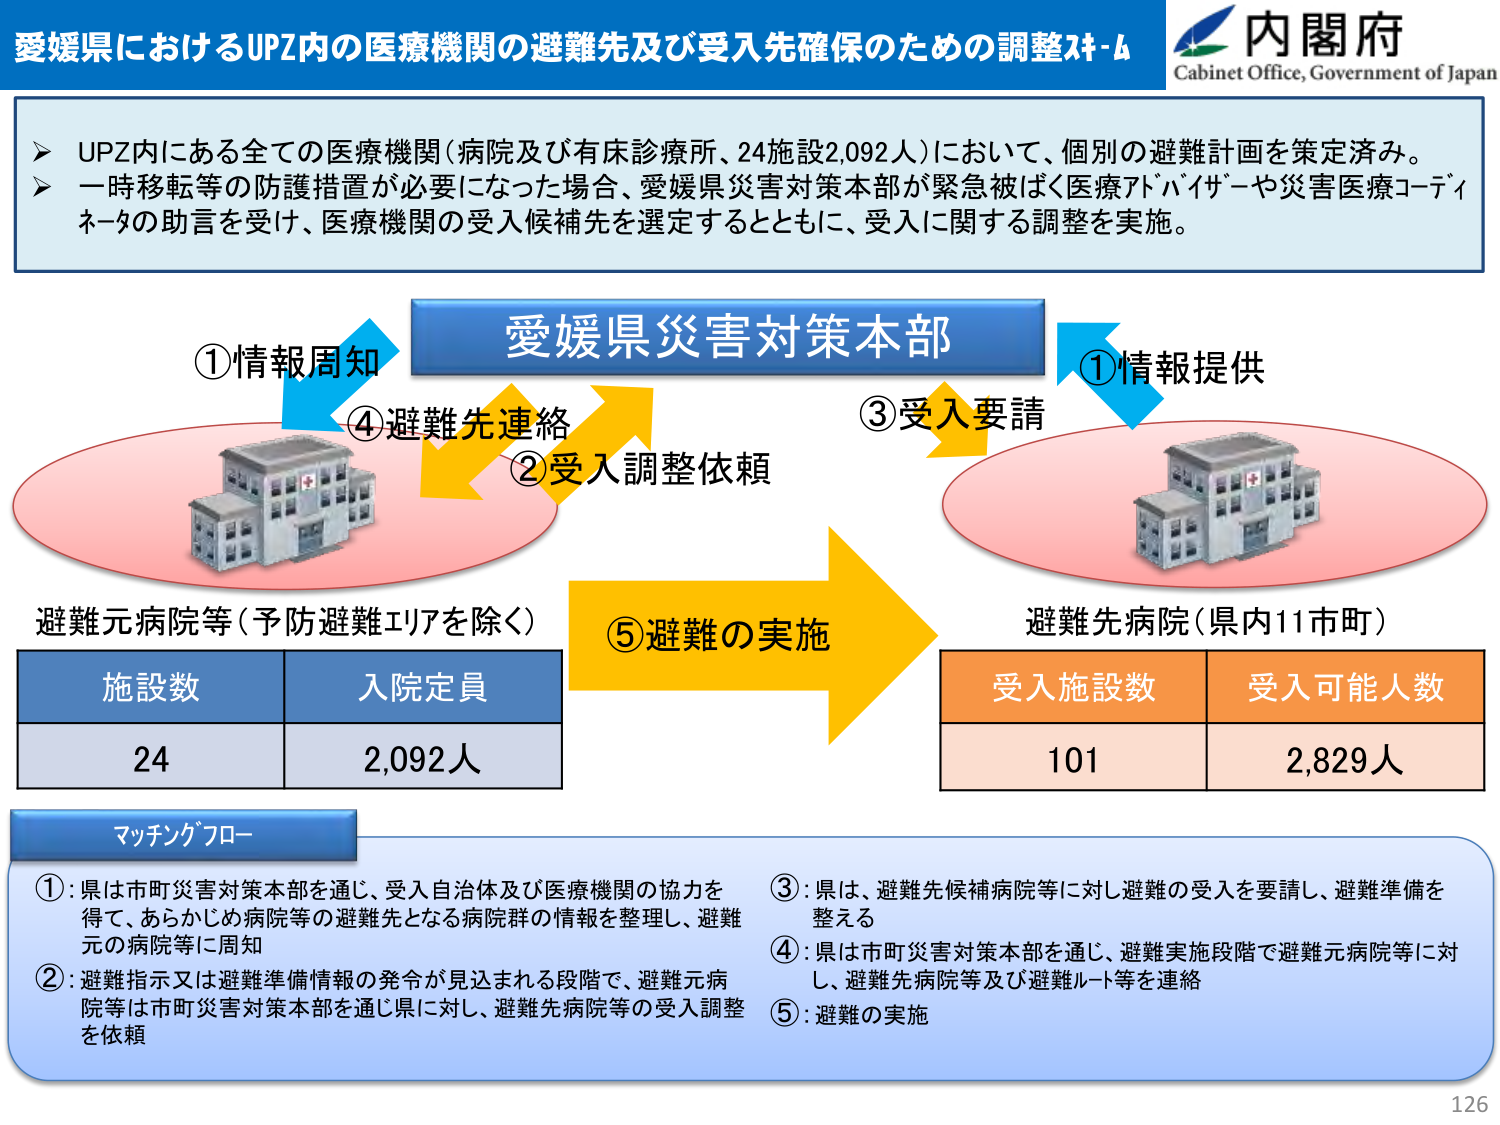
愛媛県におけるUPZ内の医療機関の避難先及び受入先確保のための調整スキーム

内閣府
Cabinet Office, Government of Japan

➤ UPZ内にある全ての医療機関（病院及び有床診療所、24施設2,092人）において、個別の避難計画を策定済み。
➤ 一時移転等の防護措置が必要になった場合、愛媛県災害対策本部が緊急被ばく医療アドバイザーや災害医療コーディネータの助言を受け、医療機関の受入候補先を選定するとともに、受入に関する調整を実施。

愛媛県災害対策本部

①情報周知
④避難先連絡
②受入調整依頼
③受入要請
①情報提供

避難元病院等（予防避難エリアを除く）
施設数　入院定員
24　2,092人

⑤避難の実施

避難先病院（県内11市町）
受入施設数　受入可能人数
101　2,829人

マッチングフロー

①：県は市町災害対策本部を通じ、受入自治体及び医療機関の協力を得て、あらかじめ病院等の避難先となる病院群の情報を整理し、避難元の病院等に周知
②：避難指示又は避難準備情報の発令が見込まれる段階で、避難元病院等は市町災害対策本部を通じ県に対し、避難先病院等の受入調整を依頼
③：県は、避難先候補病院等に対し避難の受入を要請し、避難準備を整える
④：県は市町災害対策本部を通じ、避難実施段階で避難元病院等に対し、避難先病院等及び避難ルート等を連絡
⑤：避難の実施

126